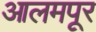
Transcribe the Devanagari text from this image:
आलमपूर